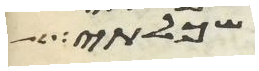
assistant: שכלתי